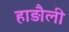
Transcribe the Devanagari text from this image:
हाड़ौली